Sketch of the medical history of the native army of Bombay, for the year
Year: 1875
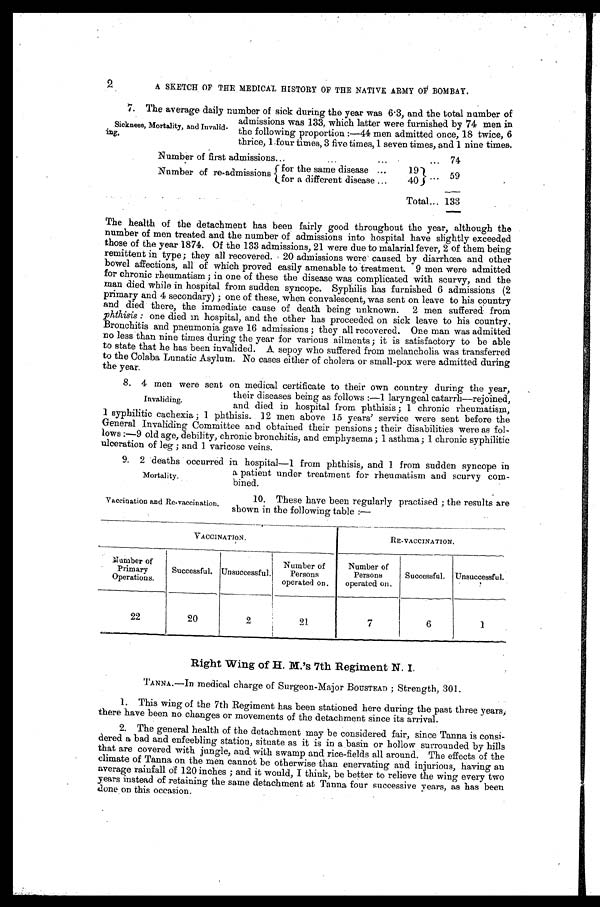
2
A SKETCH OF THE MEDICAL HISTORY OF THE NATIVE ARMY OF BOMBAY.
7. The average daily number of sick during the year was 6·3, and the total number of
admissions was 133, which latter were furnished by 74 men in
the following proportion:—44 men admitted once, 18 twice, 6
thrice, 1 four times, 3 five times, 1 seven times, and 1 nine times.
Number of first admissions
74
Number of re-admissions
for the same disease
19
59
for a different disease
40
Total
133
The health of the detachment has been fairly good throughout the year, although the
number of men treated and the number of admissions into hospital have slightly exceeded
those of the year 1874. Of the 133 admissions, 21 were due to malarial fever, 2 of them being
remittent in type; they all recovered. 20 admissions were caused by diarrhœa and other
bowel affections, all of which proved easily amenable to treatment. 9 men were admitted
for chronic rheumatism; in one of these the disease was complicated with scurvy, and the
man died while in hospital from sudden syncope. Syphilis has furnished 6 admissions (2
primary and 4 secondary); one of these, when convalescent, was sent on leave to his country
and died there, the immediate cause of death being unknown. 2 men suffered from
phthisis: one died in hospital, and the other has proceeded on sick leave to his country.
Bronchitis and pneumonia gave 16 admissions; they all recovered. One man was admitted
no less than nine times during the year for various ailments; it is satisfactory to be able
to state that he has been invalided. A sepoy who suffered from melancholia was transferred
to the Colaba Lunatic Asylum. No cases either of cholera or small-pox were admitted during
the year.
8. 4 men were sent on medical certificate to their own country during the year,
their diseases being as follows:—1 laryngeal catarrh—rejoined,
and died in hospital from phthisis; 1 chronic rheumatism,
1 syphilitic cachexia; 1 phthisis. 12 men above 15 years' service were sent before the
General Invaliding Committee and obtained their pensions; their disabilities were as fol-
lows:—9 old age, debility, chronic bronchitis, and emphysema; 1 asthma; 1 chronic syphilitic
ulceration of leg; and 1 varicose veins.
9. 2 deaths occurred in hospital—1 from phthisis, and 1 from sudden syncope in
a patient under treatment for rheumatism and scurvy com
-bined.
Sickness, Mortality, and Invalid
-ing.
Invaliding.
Mortality.
Vaccination and Re-vaccination.
10. These have been regularly practised; the results are
shown in the following table:—
VACCINATION.
RE-VACCINATION.
Number of
Primary
Operations.
Successful. Unsuccessful.
Number of
Persons
operated on.
Number of
Persons
operated on.
Successful. Unsuccessful.
22
20
2
21
7
6
1
Right Wing of H. M.'s 7th Regiment N. I.
TANNA.—In medical charge of Surgeon-Major BOUSTEAD; Strength, 301.
1. This wing of the 7th Regiment has been stationed here during the past three years,
there have been no changes or movements of the detachment since its arrival.
2. The general health of the detachment may be considered fair, since Tanna is consi-
dered a bad and enfeebling station, situate as it is in a basin or hollow surrounded by hills
that are covered with jungle, and with swamp and rice-fields all around. The effects of the
climate of Tanna on the men cannot be otherwise than enervating and injurious, having an
average rainfall of 120 inches; and it would, I think, be better to relieve the wing every two
years instead of retaining the same detachment at Tanna four successive years, as has been
done on this occasion.